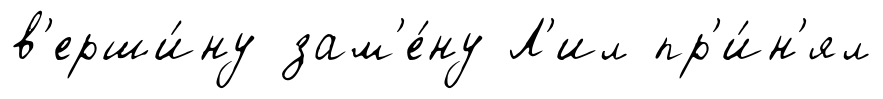
в'ерши́ну зам'е́ну Л'ил пр'и́н'ял